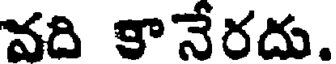
వది కానేరదు.